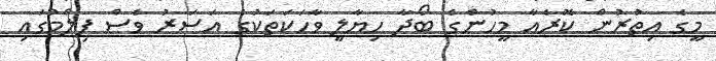
މީގެ އިތުރުން ކޮރެއާ މީހުންގެ ބޯދާ ހިޔާލީ ވާހަކަތަކުގެ އަސަރު ވެސް ފިލްމުގައި